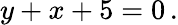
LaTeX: y+x+5=0\, .